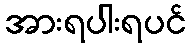
အားရပါးရပင်